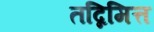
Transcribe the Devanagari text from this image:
तद्निमित्त